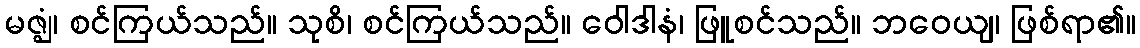
မဇ္ဈံ၊ စင်ကြယ်သည်။ သုစိ၊ စင်ကြယ်သည်။ ဝေါဒါနံ၊ ဖြူစင်သည်။ ဘဝေယျ၊ ဖြစ်ရာ၏။